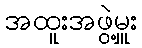
အထူးအဖွဲ့မှူး